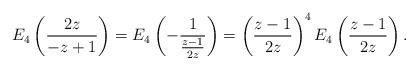
LaTeX: \begin{align*}E_4\left(\frac{2z}{-z+1}\right) &= E_4 \left(- \frac{1}{\frac{z-1}{2z}} \right) = \left( \frac{z-1}{2z} \right)^4 E_4 \left( \frac{z-1}{2z} \right).\end{align*}